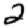
Digit: 2